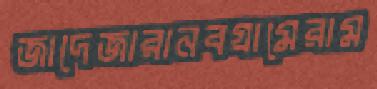
জাদেজারানবগ্রামেরাম